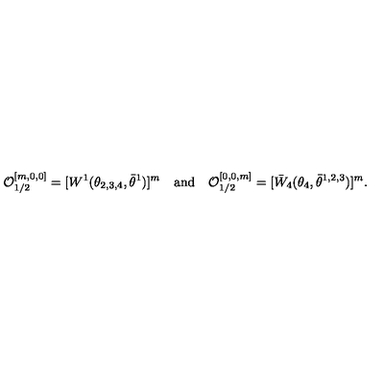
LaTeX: { \cal O } _ { 1 / 2 } ^ { [ m , 0 , 0 ] } = [ W ^ { 1 } ( \theta _ { 2 , 3 , 4 } , \bar { \theta } ^ { 1 } ) ] ^ { m } \quad \mathrm { a n d } \quad { \cal O } _ { 1 / 2 } ^ { [ 0 , 0 , m ] } = [ \bar { W } _ { 4 } ( \theta _ { 4 } , \bar { \theta } ^ { 1 , 2 , 3 } ) ] ^ { m } .